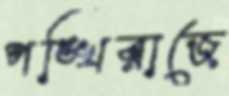
পঙ্খিরাজে